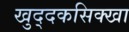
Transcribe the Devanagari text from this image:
खुद्दकसिक्खा